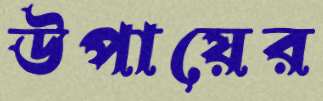
উপায়ের